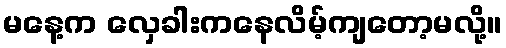
မနေ့က လှေခါးကနေလိမ့်ကျတော့မလို့။